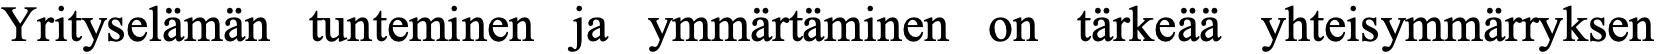
Yrityselämän tunteminen ja ymmärtäminen on tärkeää yhteisymmärryksen